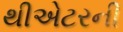
થીએટરની